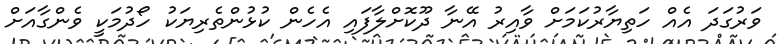
ވަރުގަދަ އެއް ހަތިޔާރުކަމަށް ވާއިރު އޭނާ ދޫކޮށްލާފައި އެހެން ކުޅުންތެރިޔަކު ހޯދުމަކީ ވެންގާއަށް